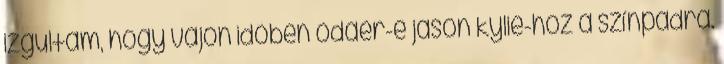
izgultam, hogy vajon időben odaér-e jason kylie-hoz a színpadra.